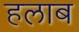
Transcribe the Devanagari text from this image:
हलाब